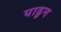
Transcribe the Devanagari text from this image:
पाढून